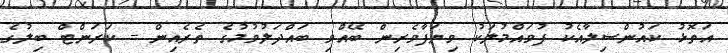
އަތޮޅު ކައުންސިލާއެކު ފުވައްމުލަކު ވިޔަފާވެރިން ބޭއްވި ބައްދަލުވުމުގެ ތެރެއިން - ކަރަންޓް ބިލުގެ